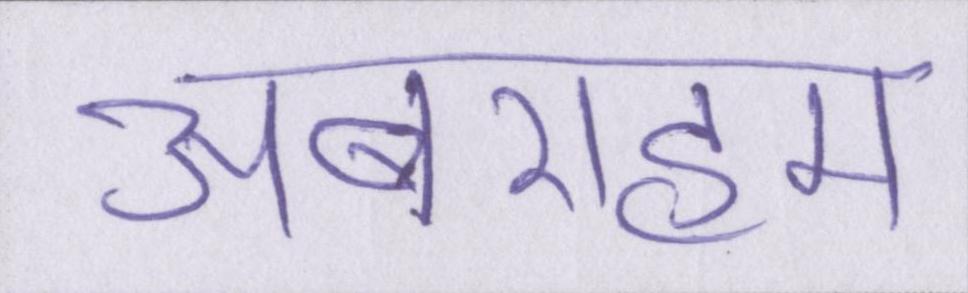
अबराहम